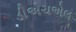
ડીએચએલ